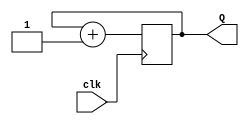
`timescale 1ns / 1ps

module TwoBitCounter(input clk, output [1:0] Q);
    reg [1:0] temp = 0; 
    always @(posedge clk) 
        begin
            temp = temp + 1;
        end
        assign Q = temp;
endmodule